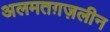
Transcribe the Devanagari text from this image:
अलमतग़ज़लीन